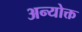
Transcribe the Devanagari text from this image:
अन्योक्त